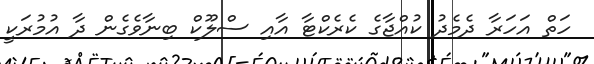
ހަތް އަހަރާ ދެމެދު ކުއްޖާގެ ކެރެކްޓާ އާއި ސްލޫކް ބިނާވެގެން ދާ އުމުރަކީ